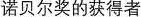
诺贝尔奖的获得者